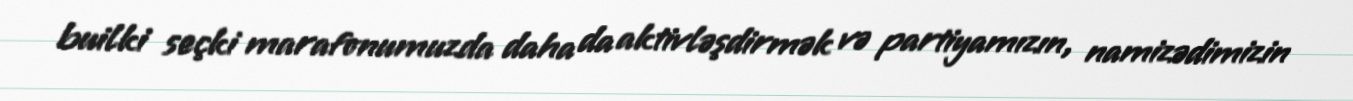
builki seçki marafonumuzda daha da aktivləşdirmək və partiyamızın, namizədimizin